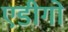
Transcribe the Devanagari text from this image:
एडीगो